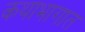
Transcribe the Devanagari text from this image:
कथाभागात